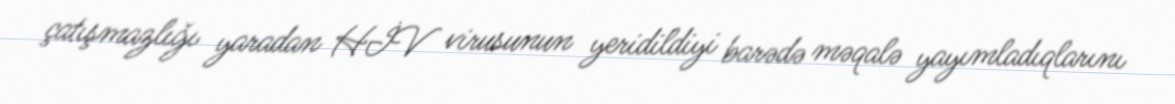
çatışmazlığı yaradan HİV virusunun yeridildiyi barədə məqalə yayımladıqlarını